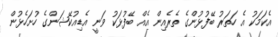
އެކަމަކު އެ ހަތަރު ބޭފުޅުންގެ ތެރެއިން އެއް ބޭފުޅަކު ވަނީ އެޑިއުކޭޝަންގެ ހުށަހެޅުން